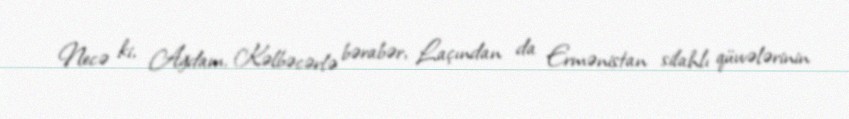
Necə ki, Ağdam, Kəlbəcərlə bərabər, Laçından da Ermənistan silahlı qüvvələrinin